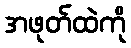
အဖုတ်ထဲကို